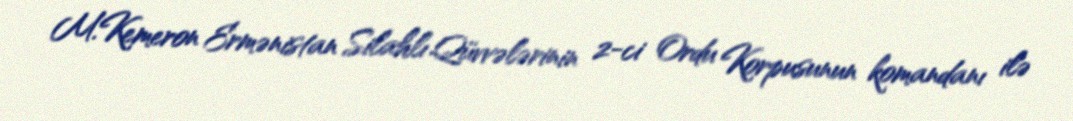
M.Kemeron Ermənistan Silahlı Qüvvələrinin 2-ci Ordu Korpusunun komandanı ilə